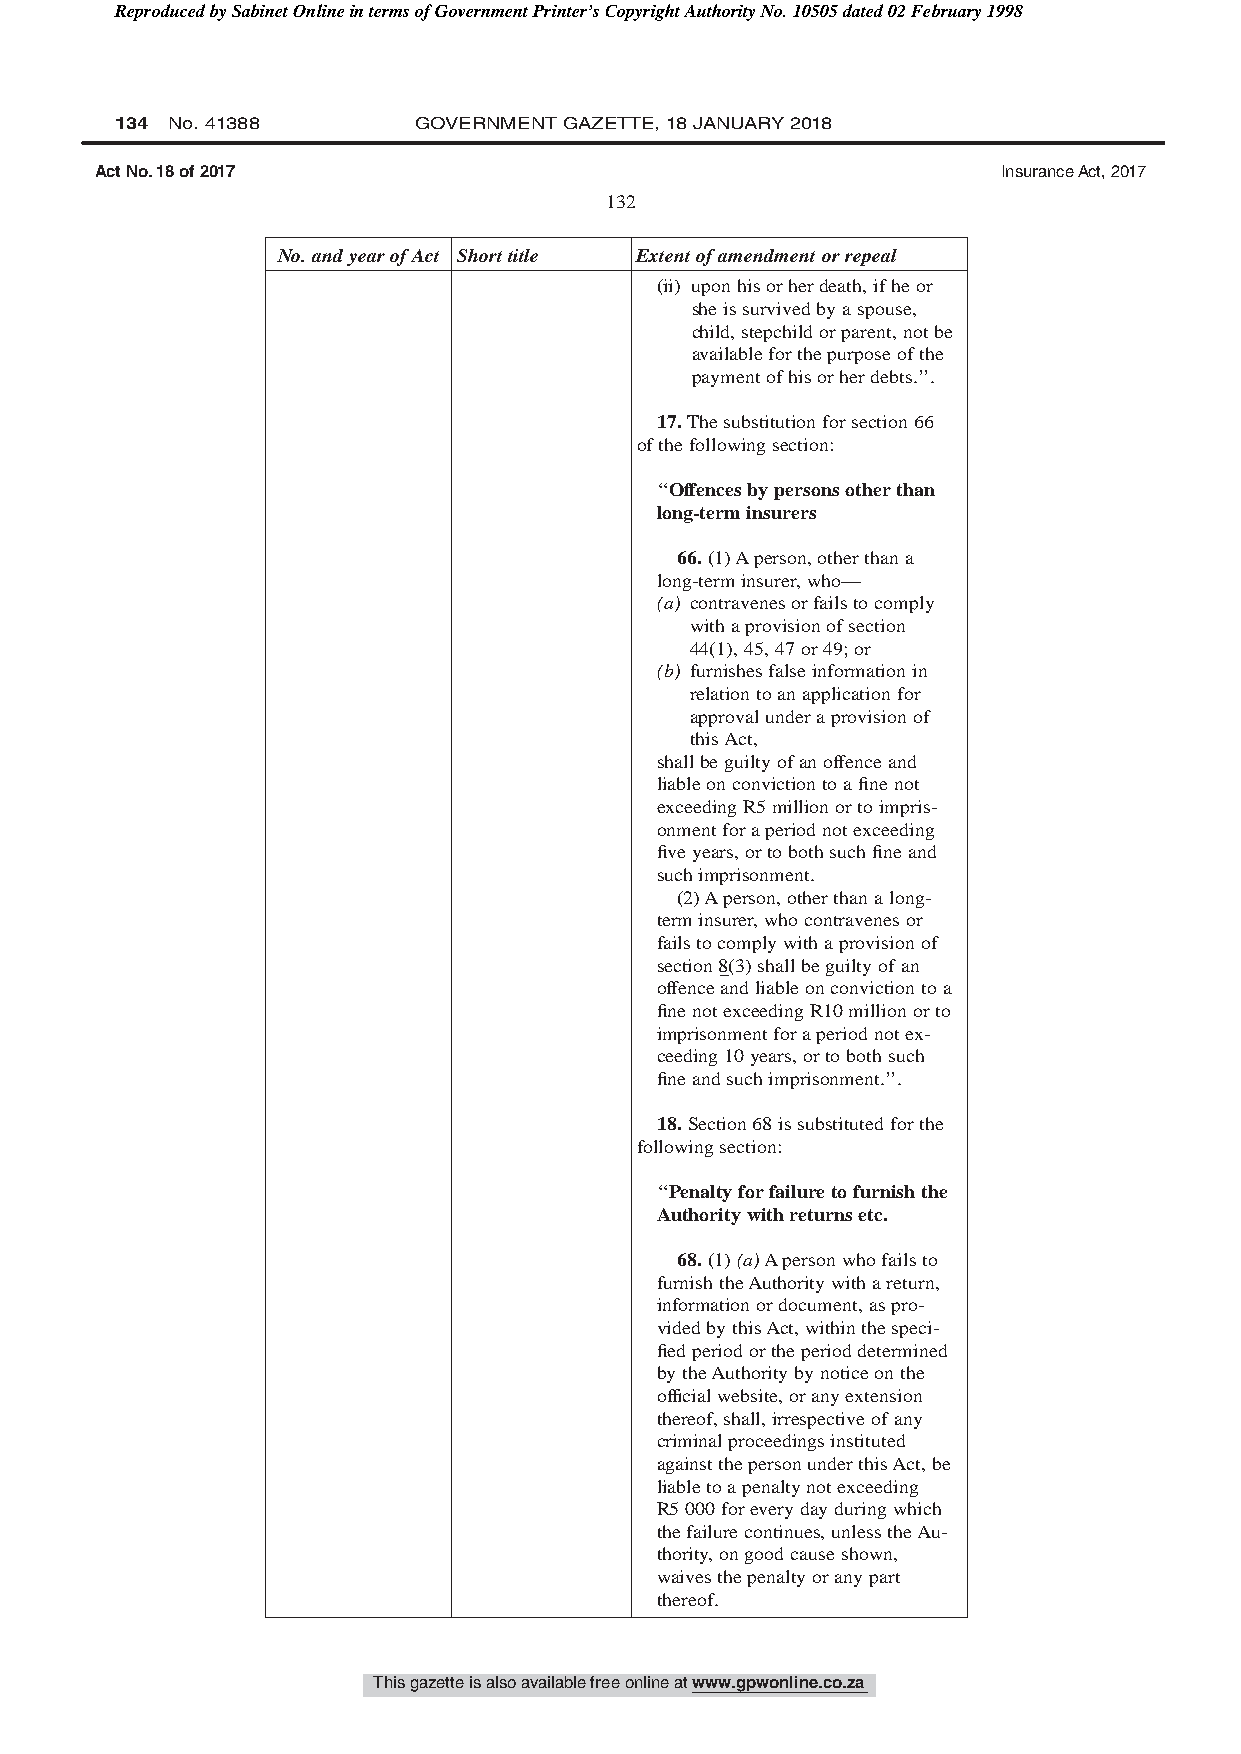
Reproduced by Sabinet Online in terms of Government Printer’s Copyright Authority No. 10505 dated 02 February 1998
 134 No. 41388      GOVERNMENT GAZETTE, 18 JANUARY 2018
 Act No. 18 of 2017                                          Insurance Act, 2017
 132
 No.andyearofAct Shorttitle Extentofamendmentorrepeal
 (ii) uponhisorherdeath,ifheor
 sheissurvivedbyaspouse,
 child,stepchildorparent,notbe
 availableforthepurposeofthe
 paymentofhisorherdebts.’’.
 17.Thesubstitutionforsection66
 ofthefollowingsection:
 ‘‘Offencesbypersonsotherthan
 long-terminsurers
 66.(1)Aperson,otherthana
 long-terminsurer,who—
 (a) contravenesorfailstocomply
 withaprovisionofsection
 44(1),45,47or49;or
 (b) furnishesfalseinformationin
 relationtoanapplicationfor
 approvalunderaprovisionof
 thisAct,
 shallbeguiltyofanoffenceand
 liableonconvictiontoafinenot
 exceedingR5millionortoimpris-
 onmentforaperiodnotexceeding
 fiveyears,ortobothsuchfineand
 suchimprisonment.
 (2)Aperson,otherthanalong-
 terminsurer,whocontravenesor
 failstocomplywithaprovisionof
 section8(3)shallbeguiltyofan
 offenceandliableonconvictiontoa
 finenotexceedingR10millionorto
 imprisonmentforaperiodnotex-
 ceeding10years,ortobothsuch
 fineandsuchimprisonment.’’.
 18.Section68issubstitutedforthe
 followingsection:
 ‘‘Penaltyforfailuretofurnishthe
 Authoritywithreturnsetc.
 68.(1)(a)Apersonwhofailsto
 furnishtheAuthoritywithareturn,
 informationordocument,aspro-
 videdbythisAct,withinthespeci-
 fiedperiodortheperioddetermined
 bytheAuthoritybynoticeonthe
 officialwebsite,oranyextension
 thereof,shall,irrespectiveofany
 criminalproceedingsinstituted
 againstthepersonunderthisAct,be
 liabletoapenaltynotexceeding
 R5000foreverydayduringwhich
 thefailurecontinues,unlesstheAu-
 thority,ongoodcauseshown,
 waivesthepenaltyoranypart
 thereof.
 This gazette is also available free online at www.gpwonline.co.za